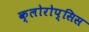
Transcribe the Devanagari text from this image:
क्लोरोप्सिस